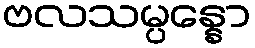
ဗလသမ္ပန္နော